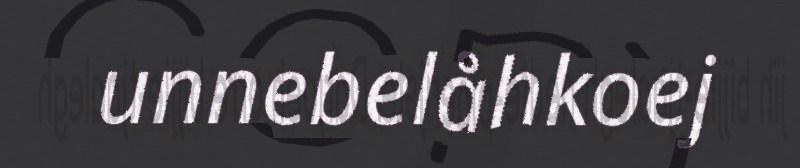
unnebelåhkoej